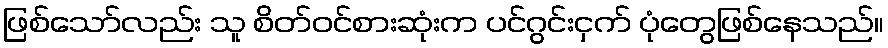
ဖြစ်သော်လည်း သူ စိတ်ဝင်စားဆုံးက ပင်ဂွင်းငှက် ပုံတွေဖြစ်နေသည်။